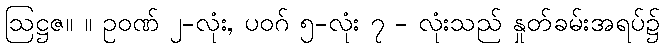
ဩဋ္ဌဇ။ ။ ဥဝဏ် ၂-လုံး, ပဝဂ် ၅-လုံး ၇ - လုံးသည် နှုတ်ခမ်းအရပ်၌